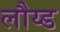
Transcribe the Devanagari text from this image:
लौय्ड